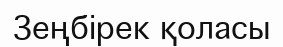
Зеңбірек қоласы